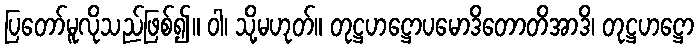
ပြတော်မူလိုသည်ဖြစ်၍။ ဝါ၊ သို့မဟုတ်။ တုဋ္ဌဟဋ္ဌောပမောဒိတောတိအာဒိ၊ တုဋ္ဌဟဋ္ဌော